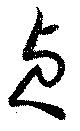
貞